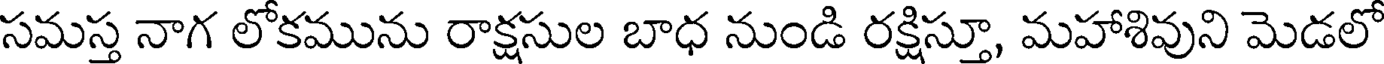
సమస్త నాగ లోకమును రాక్షసుల బాధ నుండి రక్షిస్తూ, మహాశివుని మెడలో